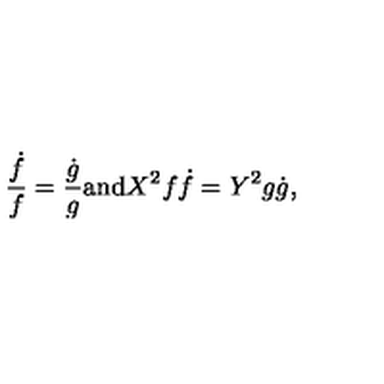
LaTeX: \frac { \dot { f } } { f } = \frac { \dot { g } } { g } { \mathrm { a n d } } X ^ { 2 } f \dot { f } = Y ^ { 2 } g \dot { g } ,